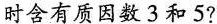
数同时含有质因数3和5?